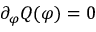
\partial _ { \varphi } Q ( \varphi ) = 0